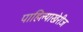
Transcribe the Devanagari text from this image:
पाहिल्याखेरीज